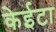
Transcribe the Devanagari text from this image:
केईटा